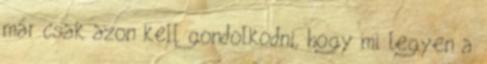
már csak azon kell gondolkodni, hogy mi legyen a